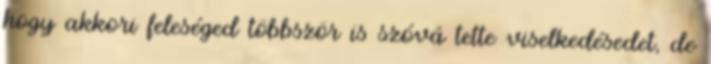
hogy akkori feleséged többször is szóvá tette viselkedésedet, de